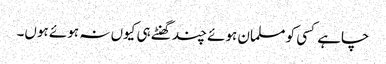
چاہے کسی کو مسلمان ہوئے چند گھنٹے ہی کیوں نہ ہوئے ہوں۔